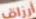
ارزاق